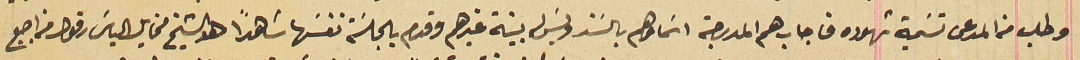
وطلب من المدعى تسَمية شهوده فاجاب هم المدرجة اسَماوهم بالسَند وليسَ بينة غيرهم وقدم بالجلسَة نفسَها شاهداً هو الشيخ مخايل الياسَ رفول من اجبع